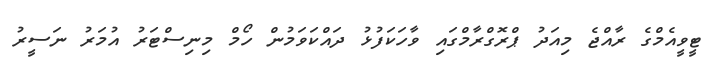
ޓީވީއެމްގެ ރާއްޖެ މިއަދު ޕްރޮގްރާމްގައި ވާހަކަފުޅު ދައްކަވަމުން ހޯމް މިނިސްޓަރު އުމަރު ނަސީރު